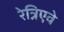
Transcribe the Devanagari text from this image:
रेत्रिएवे